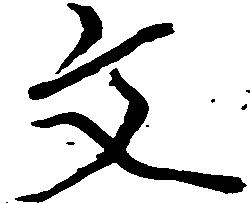
文